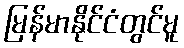
မြန်မာနိုင်ငံတွင်မူ